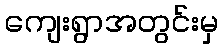
ကျေးရွာအတွင်းမှ